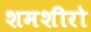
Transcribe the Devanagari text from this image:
शमशीरो